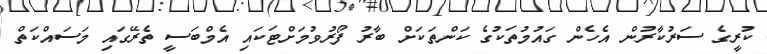
ކުރީގެ ސަރުކާރުން އެހެން ގައުމުތަކުގެ ކަންތަކަށް ބާރު ފޯރުވުމަށްޓަކައި އެމްބަސީ ތެރޭގައި މަސައްކަތް